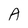
Character: A